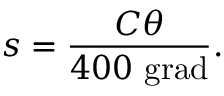
s = { \frac { C \theta } { 4 0 0 \ { \mathrm { g r a d } } } } .